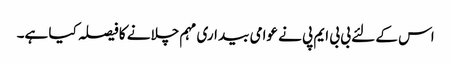
اس کے لئے بی بی ایم پی نے عوامی بیداری مہم چلانے کا فیصلہ کیا ہے۔